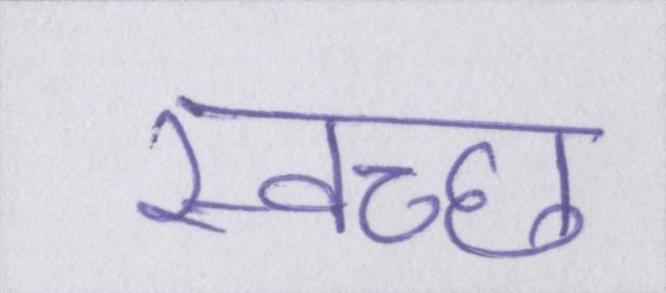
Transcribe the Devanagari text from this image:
स्वच्छ